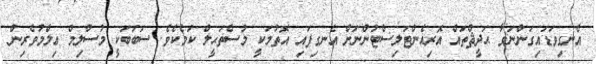
އެނގިވަޑައިގަންނަވާ ޙަދީޘްތައް އޮރިއެންޓަލިސްޓުންނަށް އެނގިފައި އޮތުމަކީ މުސްތަޙީލް ކަމެކެވެ. ސަބަބަކީ މުސްލިމް ޢިލްމުވެރިން